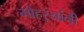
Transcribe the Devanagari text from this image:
मोहऱ्यांनी